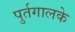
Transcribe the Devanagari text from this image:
पुर्तगालके